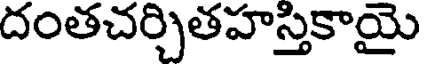
దంతచర్చితహస్తికాయై